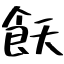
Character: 飫